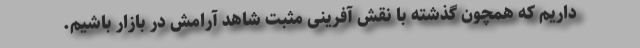
داریم که همچون گذشته با نقش آفرینی مثبت شاهد آرامش در بازار باشیم.